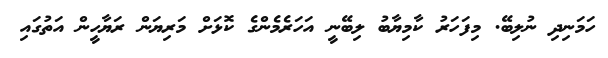
ހަމަނިދި ނުލިބޭ. މިފަހަރު ކާމިޔާބު ލިބޭނީ އަހަރެމެންގެ ކޮޅަށް މަރިޔަން ރަޔާހީން އަތުގައި